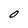
Character: O